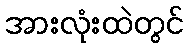
အားလုံးထဲတွင်